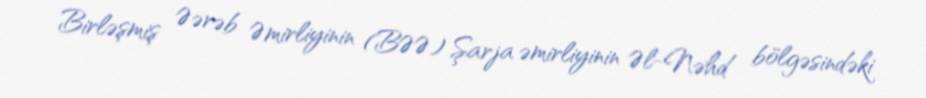
Birləşmiş Əərəb Əmirliyinin (BƏƏ) Şarja əmirliyinin Əl-Nəhd bölgəsindəki